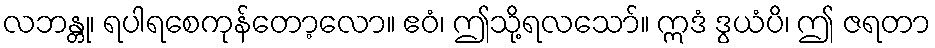
လဘန္တု၊ ရပါရစေကုန်တော့လော။ ဧဝံ၊ ဤသို့ရလသော်။ ဣဒံ ဒွယံပိ၊ ဤ ဇရတာ